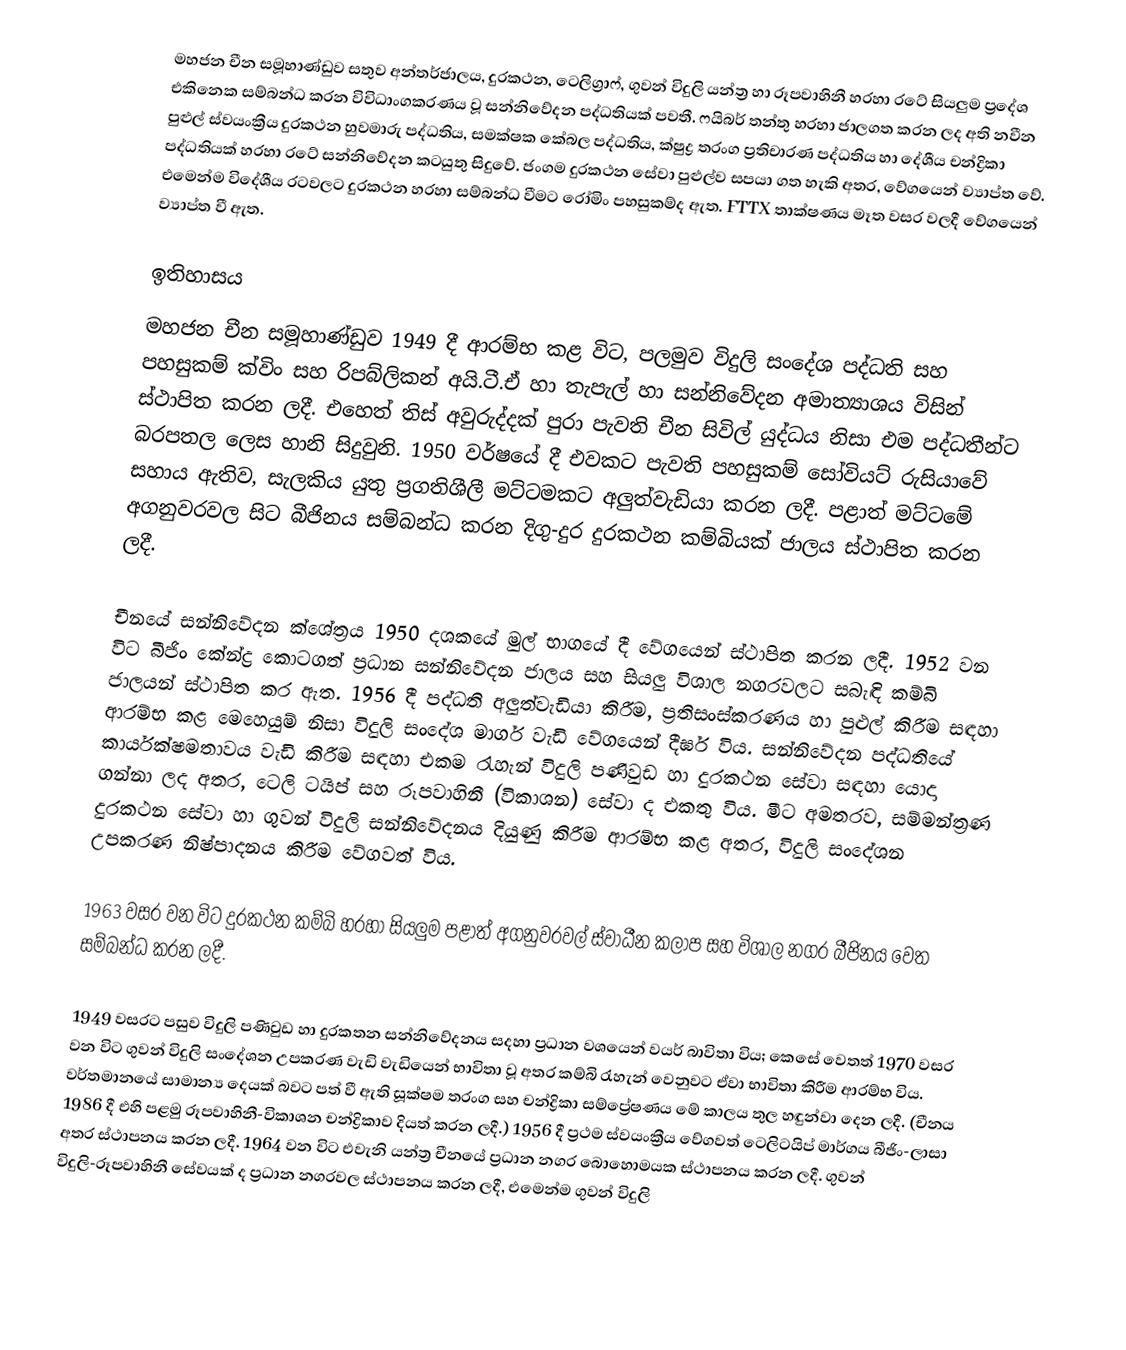
මහජන චීන සමූහාණ්ඩුව සතුව අන්තර්ජාලය, දුරකථන, ටෙලිග්‍රාෆ්, ගුවන් විදුලි යන්ත්‍ර හා රූපවාහිනී හරහා රටේ සියලුම ප්‍රදේශ එකිනෙක සම්බන්ධ කරන විවිධාංගකරණය වූ සන්නිවේදන පද්ධතියක් පවතී. ෆයිබර් තන්තු හරහා ජාලගත කරන ලද අති නවීන පුළුල් ස්වයංක්‍රීය දුරකථන හුවමාරු පද්ධතිය, සමක්ෂක කේබල පද්ධතිය, ක්ෂුද්‍ර තරංග ප්‍රතිචාරණ පද්ධතිය හා දේශීය චන්ද්‍රිකා පද්ධතියක් හරහා රටේ සන්නිවේදන කටයුතු සිදුවේ. ජංගම දුරකථන‍ සේවා පුළුල්ව සපයා ගත හැකි අතර, වේගයෙන් ව්‍යාප්ත වේ. එමෙන්ම විදේශීය රටවලට දුරකථන හරහා සම්බන්ධ වීමට රෝමිං පහසුකම්ද ඇත. FTTX තාක්ෂණය මෑත වසර වලදී වේගයෙන් ව්‍යාප්ත වී ඇත.

ඉතිහාසය
මහජන චීන සමූහාණ්ඩුව 1949 දී ආරම්භ කළ විට, පලමුව විදුලි සංදේශ පද්ධති සහ පහසුකම් ක්විං සහ රිපබ්ලිකන් අයි.ටී.ඒ හා තැපැල් හා සන්නිවේදන අමාත්‍යාශය විසින් ස්ථාපිත කරන ලදී. එහෙත් තිස් අවුරුද්දක් පුරා පැවති චීන සිවිල් යුද්ධය නිසා එම පද්ධතීන්ට බරපතල ලෙස හානි සිදුවුනි. 1950 වර්ෂයේ දී එවකට පැවති පහසුකම් සෝවියට් රුසියාවේ සහාය ඇතිව, සැලකිය යුතු ප්‍රගතිශීලී මට්ටමකට අලුත්වැඩියා කරන ලදී. පළාත් මට්ටමේ අගනුවරවල සිට බීජිනය සම්බන්ධ කරන දිගු-දුර දුරකථන කම්බියක් ජාලය ස්ථාපිත කරන ලදී.

චීනයේ සන්නිවේදන ක්ශේත්‍රය 1950 දශකයේ මුල් භාගයේ දී වේගයෙන් ස්ථාපිත කරන ලදී. 1952 වන විට බීජිං කේන්ද්‍ර කොටගත් ප්‍රධාන සන්නිවේදන ජාලය සහ සියලු විශාල නගරවලට සබැඳි කම්බි ජාලයන් ස්ථාපිත කර ඇත. 1956 දී පද්ධති අලුත්වැඩියා කිරීම, ප්‍රතිසංස්කරණය හා පුළුල් කිරීම සඳහා ආරම්භ කළ මෙහෙයුම් නිසා විදුලි සංදේශ මාර්ග වැඩි වේගයෙන් දීර්ඝ විය. සන්නිවේදන පද්ධතියේ කාර්යක්ෂමතාවය වැඩි කිරීම සඳහා එකම රැහැන් විදුලි පණිවුඩ හා දුරකථන සේවා සඳහා යොදා ගන්නා ලද අතර, ටෙලි ටයිප් සහ රූපවාහිනී (විකාශන) සේවා ද එකතු විය. මීට අමතරව, සම්මන්ත්‍රණ දුරකථන සේවා හා ගුවන් විදුලි සන්නිවේදනය දියුණු කිරීම ආරම්භ කළ අතර, විදුලි සංදේශන උපකරණ නිෂ්පාදනය කිරීම වේගවත් විය.

1963 වසර වන විට දුරකථන කම්බි හරහා සියලුම පළාත් අගනුවරවල් ස්වාධීන කලාප සහ විශාල නගර බීජිනය වෙත සම්බන්ධ කරන ලදී.

1949 වසරට පසුව විදුලි පණිවුඩ හා දුරකතන සන්නිවේදනය සදහා ප්‍රධාන වශයෙන් වයර් බාවිතා විය; කෙසේ වෙතත් 1970 වසර වන විට ගුවන් විදුලි සංදේශන උපකරණ වැඩි වැඩියෙන් භාවිතා වූ අතර කම්බි රැහැන් වෙනුවට ඒවා භාවිතා කිරීම ආරම්භ විය. වර්තමානයේ සාමාන්‍ය දෙයක් බවට පත් වී ඇති සූක්ෂම තරංග සහ චන්ද්‍රිකා සම්ප්‍රේෂණය මේ කාලය තුල හඳුන්වා දෙන ලදී. (චීනය 1986 දී එහි පළමු රූපවාහිනී-විකාශන චන්ද්‍රිකාව දියත් කරන ලදී.) 1956 දී ප්‍රථම ස්වයංක්‍රීය වේගවත් ටෙලිටයිප් මාර්ගය බීජිං-ලාසා අතර ස්ථාපනය කරන ලදී. 1964 වන විට එවැනි යන්ත්‍ර චීනයේ ප්‍රධාන නගර බොහොමයක ස්ථාපනය කරන ලදී. ගුවන් විදුලි-රූපවාහිනී සේවයක් ද ප්‍රධාන නගරවල ස්ථාපනය කරන ලදී, එමෙන්ම ගුවන් විදුලි